Eesti_Teaduste_Akadeemia, lk 3
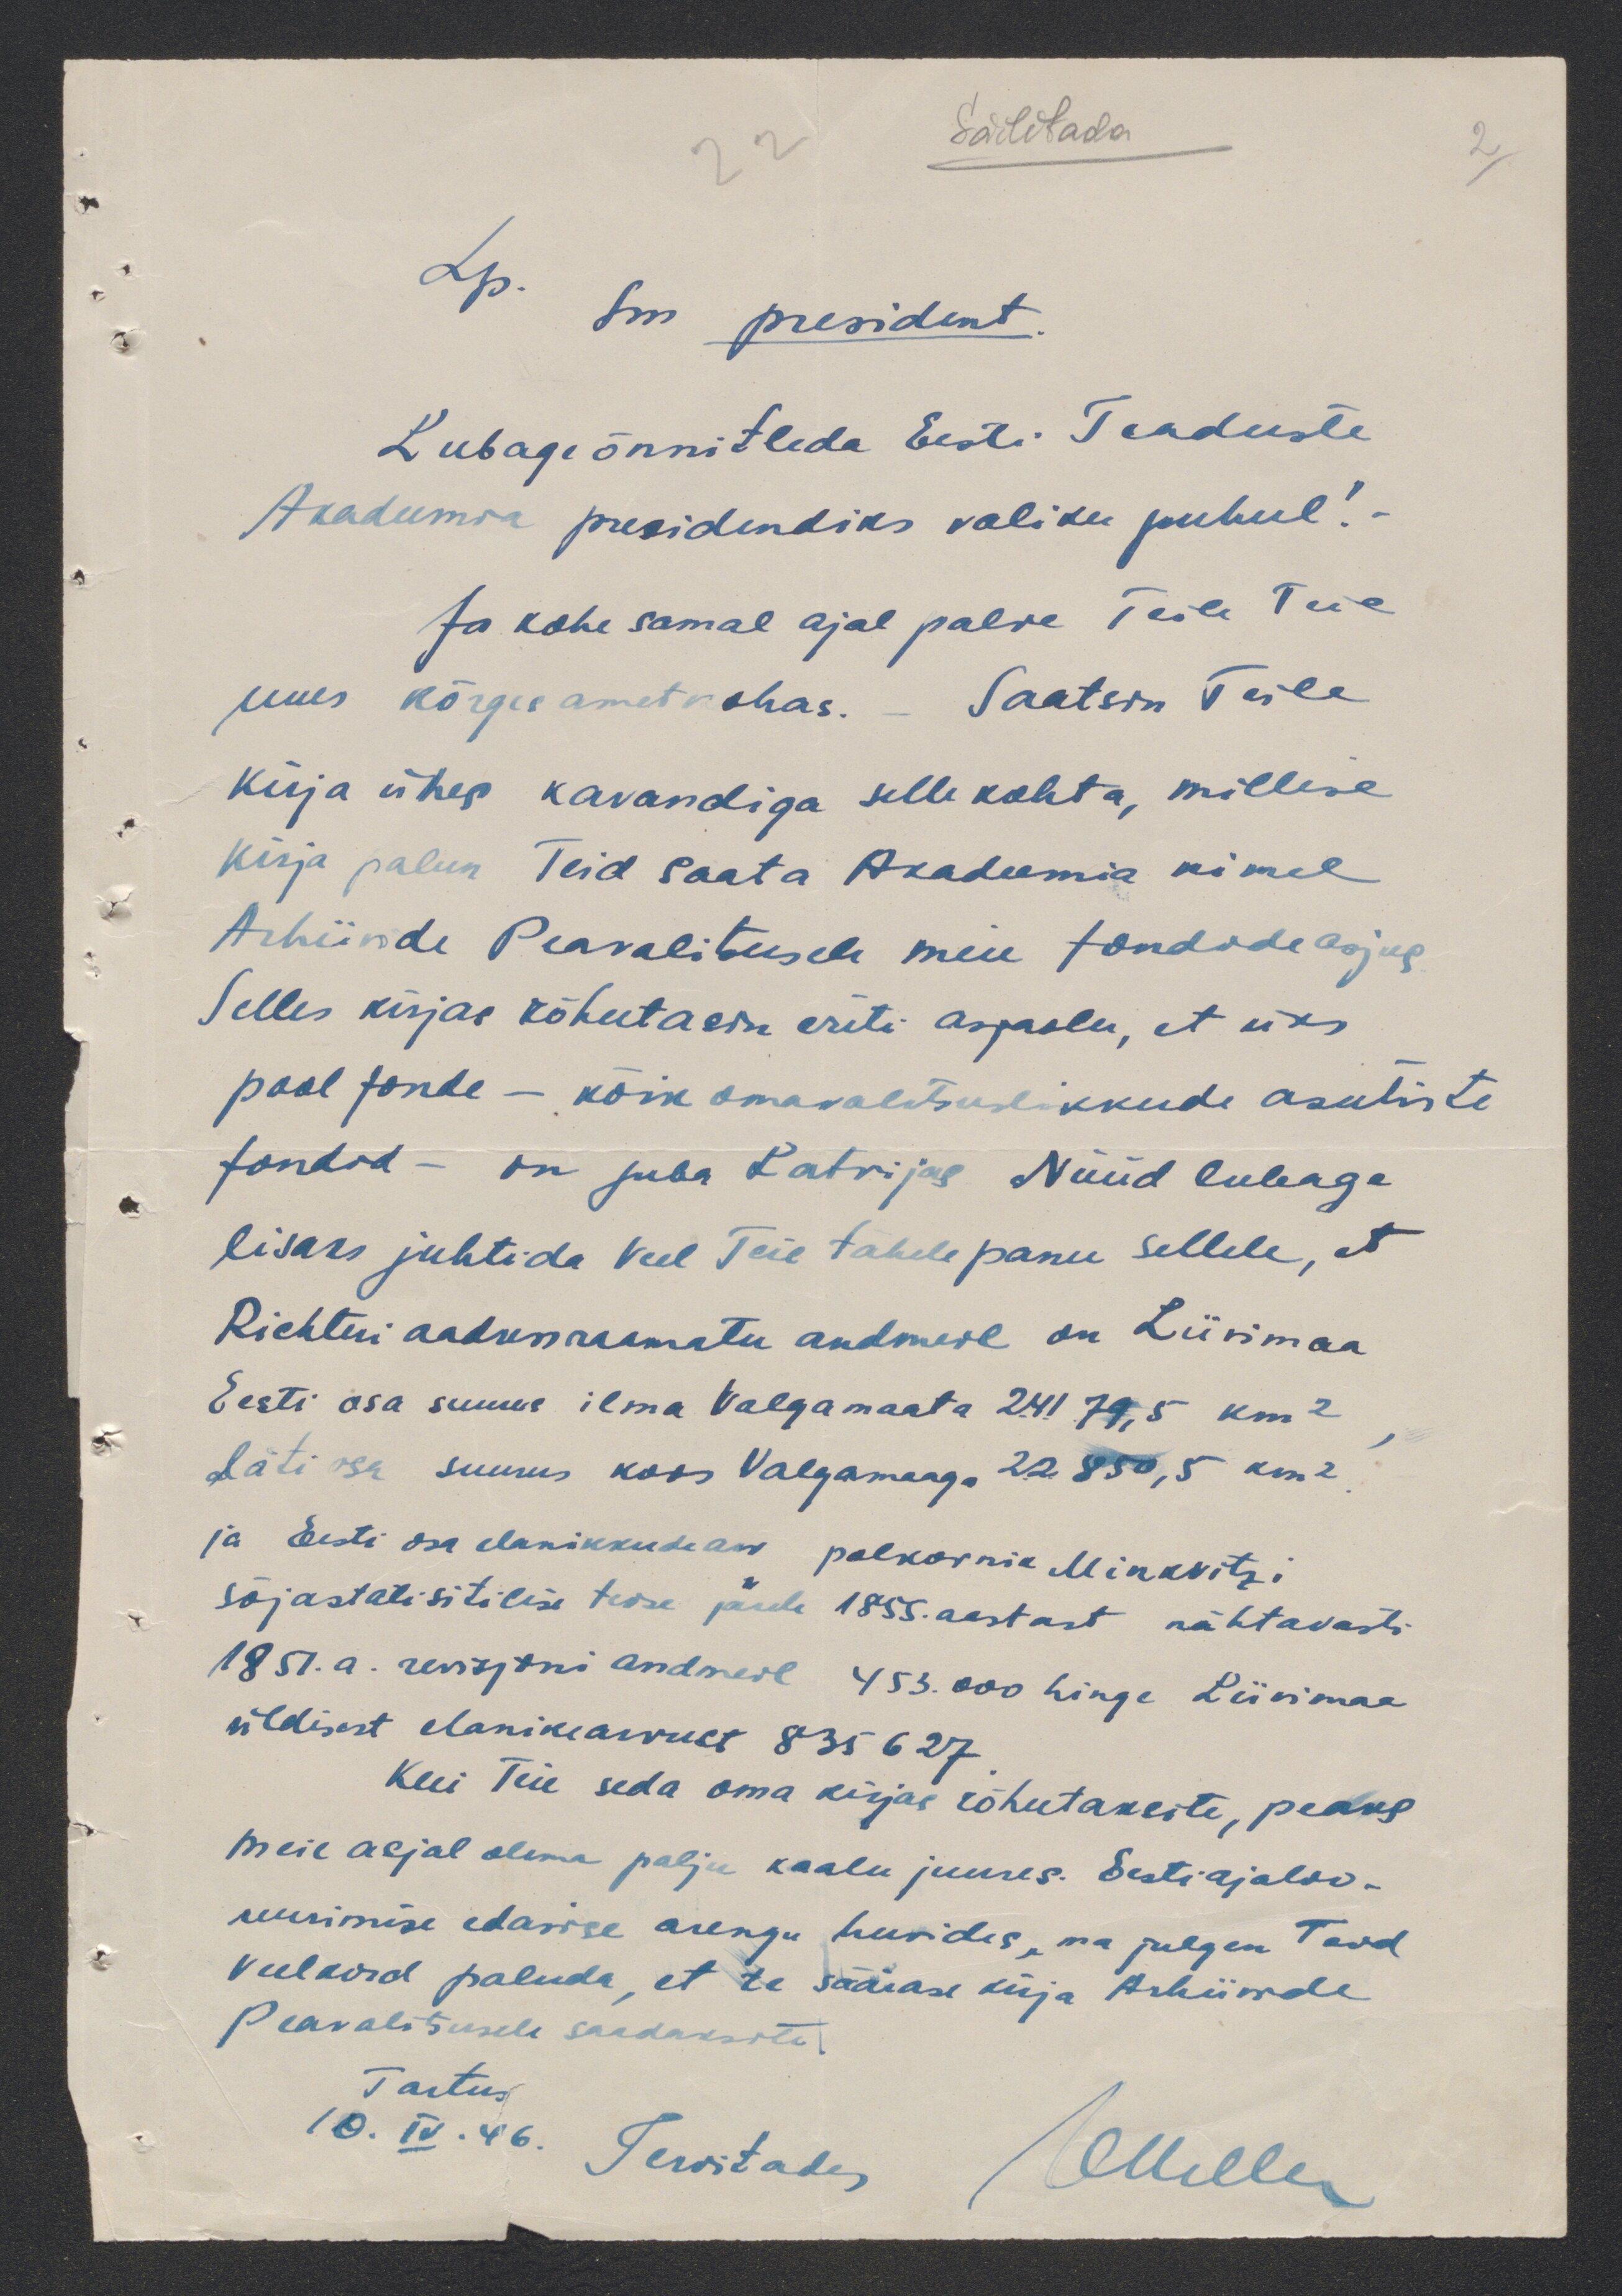
22
Säilitada
2
Lp. sm president.
Lubage õnnitleda Eesti Teaduste
Akadeemia presidendiks valiku puhul! -
Ja kohe samal ajal palve Teile Teie
juues kõrges ametkohas. - Saatsin Teile
kirja ühes kavandiga selle kohta, millise
kirja palun Teid saata Akadeemia nimel
Arhiivide Peavalitusele meie fondide asjus
Selles kirjas rõhutasin eriti asjaolu, et üks
pool fonde - kõik omavalitsuslikkude asutiste
fondid - on juba Latvijas Nüüd lubaga
lisaks juhtida veel Teie tähelepanu sellele, et
Richteri aadressraamatu andmeil on Liivimaa
Eesti osa suurus ilma Valgamaata 24179,5 km2
Läti osa suurus koos Valgamaaga 22850,5 km2
ja Eesti osa elanikkude ase polkovnik Minkvitzi
sõjastatisitilise teose järele 1855. aastast nähtavasti
1851.a. revisjoni andmeil 453.000 hinge Liivimaa
üldisest elanikearvust 835627
Kui Teie seda oma kirjas rõhutaksite, peaks
Meie asjal olema palju kaalu juures. Eesti ajaloo-
uurimise edasise arengu huvides, ma julgen Teid
veelkord paluda, et te säärase kirja Arhiivide
Peavalitsusele saadaksite
Tartus
10. IV. 46. Tervitades
Ollellen